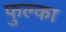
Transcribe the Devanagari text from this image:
फुल्का